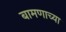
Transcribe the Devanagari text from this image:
बामणाच्या